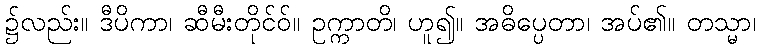
၌လည်း။ ဒီပိကာ၊ ဆီမီးတိုင်ဝ်။ ဥက္ကာတိ၊ ဟူ၍။ အဓိပ္ပေတာ၊ အပ်၏။ တသ္မာ၊